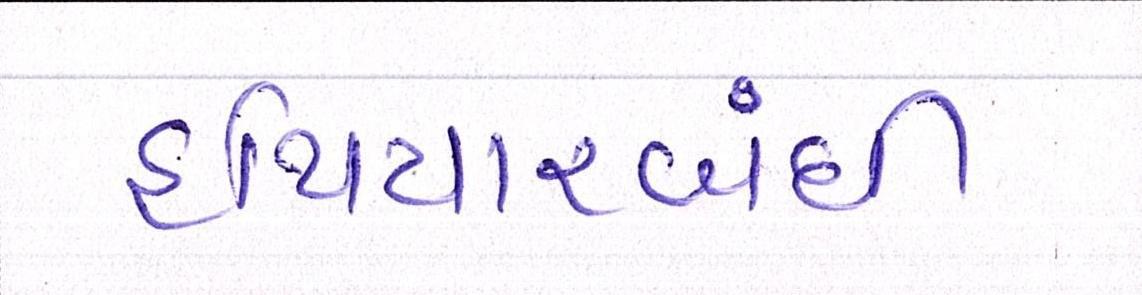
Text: હથિયારબંધી